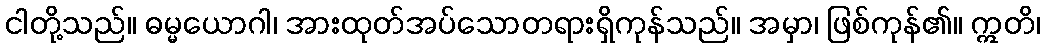
ငါတို့သည်။ ဓမ္မယောဂါ၊ အားထုတ်အပ်သောတရားရှိကုန်သည်။ အမှာ၊ ဖြစ်ကုန်၏။ ဣတိ၊